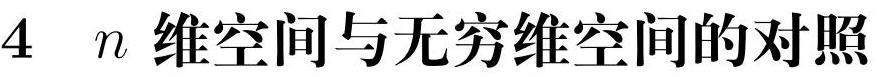
$4\ \ n$维空间与无穷维空间的对照